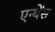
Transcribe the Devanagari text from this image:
एन्थेंस